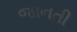
જાનતી